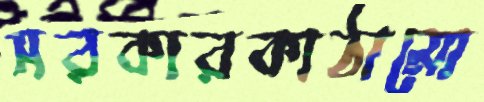
সরকারকাঠামো